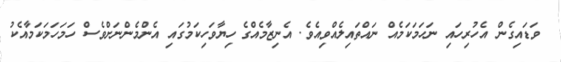
ވަޑައިގެން އެހުރިހައި ނަހަމަކަމެއް ނައްތައިލެއްވިއެވެ. އެނިޒާމެއްގެ ހިޔާވަހިކަމުގައި އެންމެންނަށްވެސް ހަމަހަމަކަމާއެކު